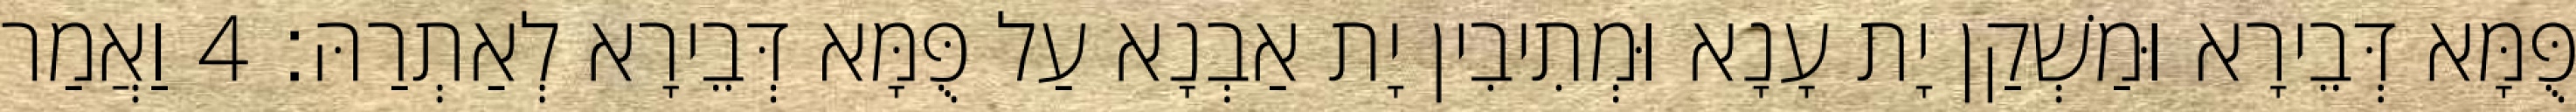
פֻּמָּא דְּבֵירָא וּמַשְׁקַן יָת עָנָא וּמְתִיבִין יָת אַבְנָא עַל פֻּמָּא דְּבֵירָא לְאַתְרַהּ׃ 4 וַאֲמַר